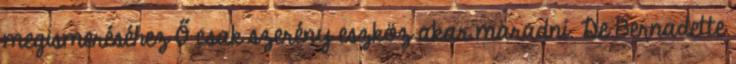
megismeréséhez Ő csak szerény eszköz akar maradni. De Bernadette